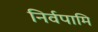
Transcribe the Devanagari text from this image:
निर्वपामि